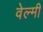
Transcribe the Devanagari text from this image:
वेल्मी